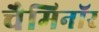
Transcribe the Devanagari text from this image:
चैमिनॉर